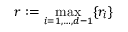
r : = \operatorname* { m a x } _ { i = 1 , \ldots , d - 1 } \{ r _ { i } \}